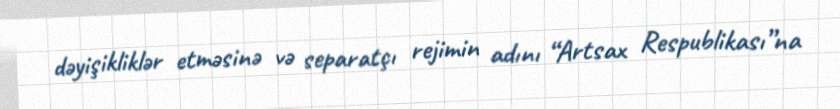
dəyişikliklər etməsinə və separatçı rejimin adını “Artsax Respublikası”na